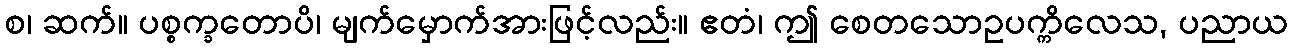
စ၊ ဆက်။ ပစ္စက္ခတောပိ၊ မျက်မှောက်အားဖြင့်လည်း။ ဧတံ၊ ဤ စေတသောဥပက္ကိလေသ, ပညာယ